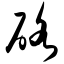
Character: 硌